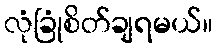
လုံခြုံစိတ်ချရမယ်။